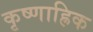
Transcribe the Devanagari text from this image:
कृष्णाह्रिक